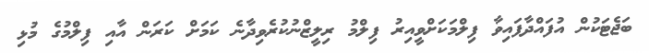
ބަޖެޓަކުން އުފައްދާފައިވާ ފިލްމަކަށްވީއިރު ފިލްމު ރިލީޒްނުކުރެވިދާނެ ކަމަށް ކަރަން އާއި ފިލްމުގެ މުޅި